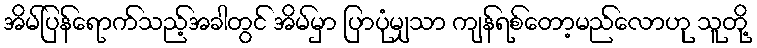
အိမ်ပြန်ရောက်သည့်အခါတွင် အိမ်မှာ ပြာပုံမျှသာ ကျန်ရစ်တော့မည်လောဟု သူတို့